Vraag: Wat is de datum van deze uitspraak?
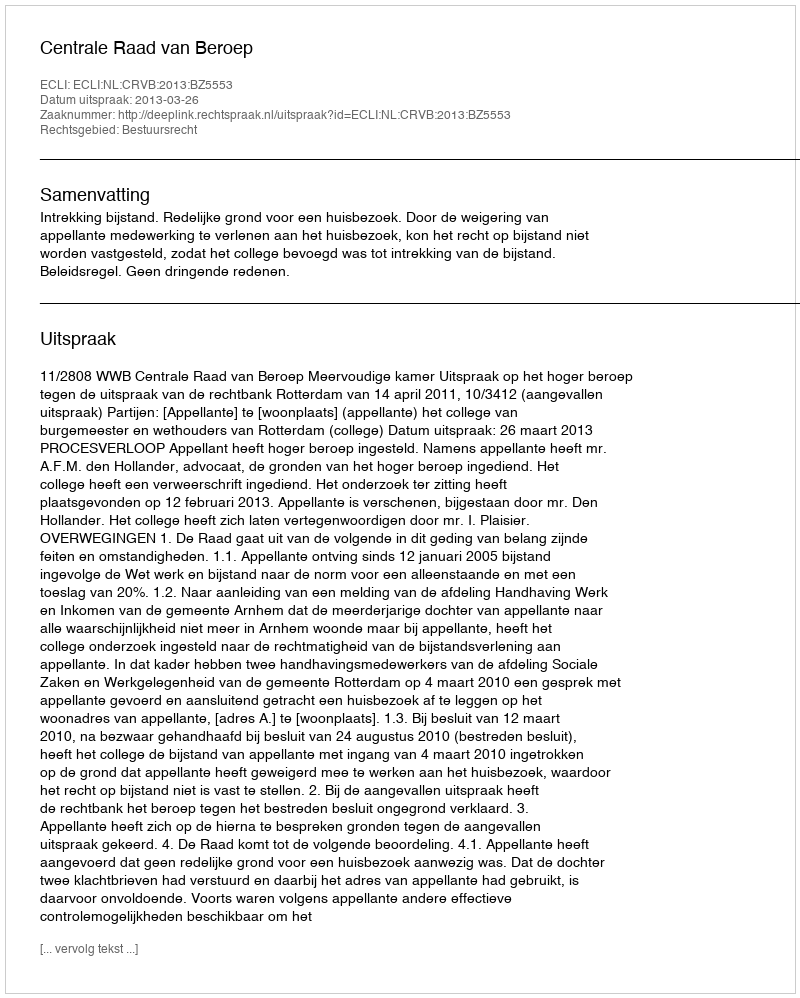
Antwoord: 2013-03-26